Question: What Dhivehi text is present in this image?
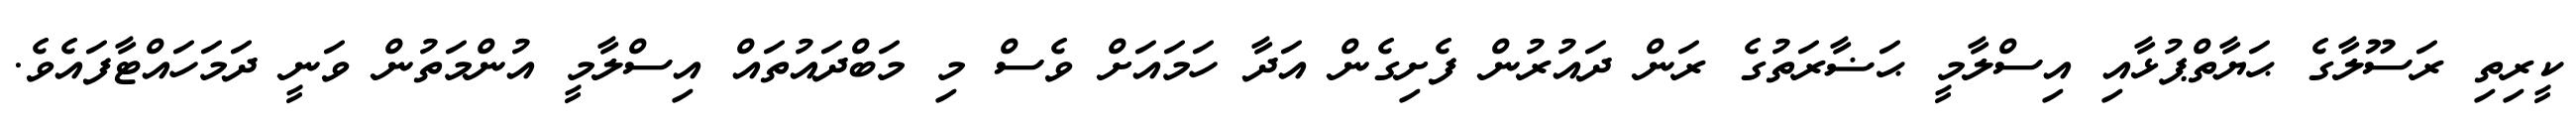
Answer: ކީރިތި ރަސޫލާގެ ޙަޔާތްޕުޅާއި އިސްލާމީ ޙަޟާރަތުގެ ރަން ދައުރުން ފެށިގެން އަދާ ހަމައަށް ވެސް މި މަބްދައުތައް އިސްލާމީ އުންމަތުން ވަނީ ދަމަހައްޓާފައެވެ.